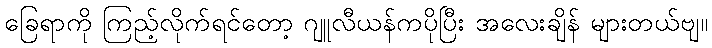
ခြေရာကို ကြည့်လိုက်ရင်တော့ ဂျူလီယန်ကပိုပြီး အလေးချိန် များတယ်ဗျ။